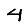
Digit: 4